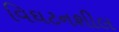
વિઘટનશીલ